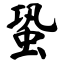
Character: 蛩